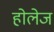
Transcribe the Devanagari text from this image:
होलेज